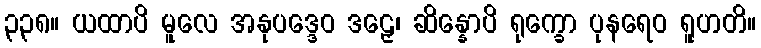
၃၃၈။ ယထာပိ မူလေ အနုပဒ္ဒေဝ ဒဠှေ၊ ဆိန္နောပိ ရုက္ခော ပုနရေဝ ရူဟတိ။